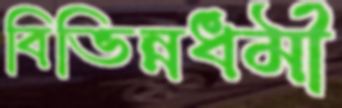
বিভিন্নধর্মী